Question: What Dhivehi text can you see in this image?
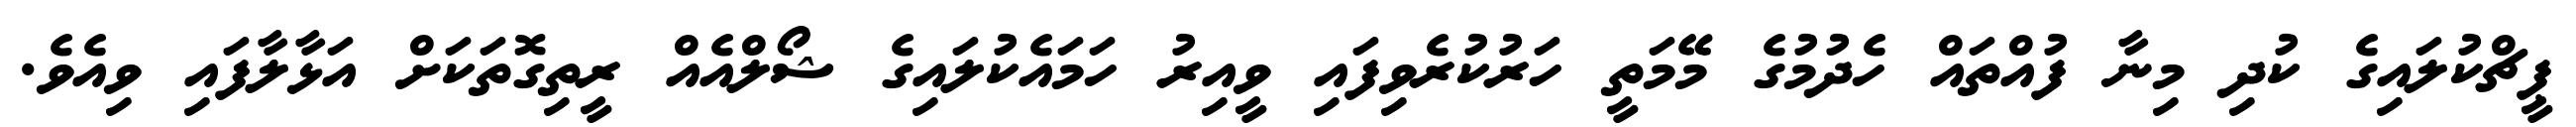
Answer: ޕީޗްކުލައިގެ ކުދި މިނާ ފުއްތައް ހެދުމުގެ މޭމަތީ ހަރުކުރެވިފައި ވީއިރު ހަމައެކުލައިގެ ޝޯލްއެއް ރީތިގޮތަކަށް އަޅާލާފައި ވިއެވެ.